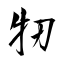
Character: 牣